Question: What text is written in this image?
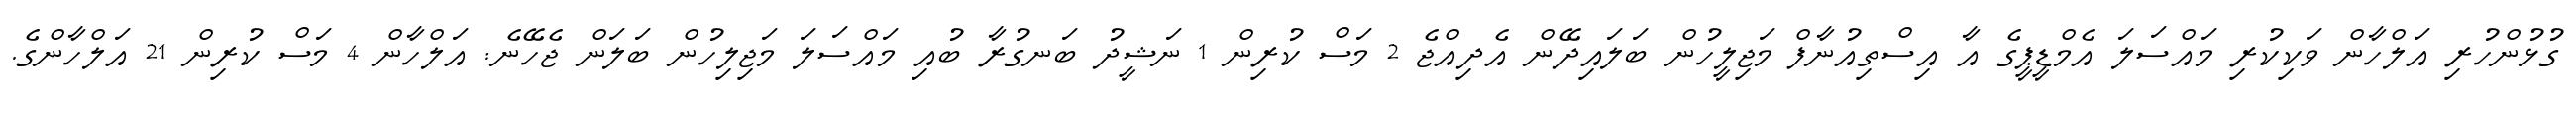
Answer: ގުޅުންހުރި އަލްހާން ވަކިކުރި މައްސަލަ އެމްޑީޕީގެ އާ އިސްތިއުނާފް މަޖިލީހުން ބަލައިދޭން އެދިއްޖެ 2 މަސް ކުރިން 1 ނަޝީދު ބަނގުރާ ބުއި މައްސަލަ މަޖިލިހުން ބަލަން ޖެހޭނެ: އަލްހާން 4 މަސް ކުރިން 21 އަލްހާންގެ.